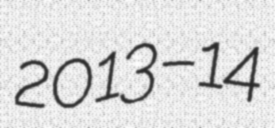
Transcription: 2013–14